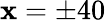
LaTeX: \mathbf{x}=\pm40